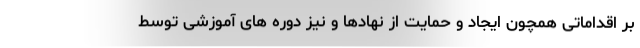
بر اقداماتی همچون ایجاد و حمایت از نهادها و نیز دوره های آموزشی توسط